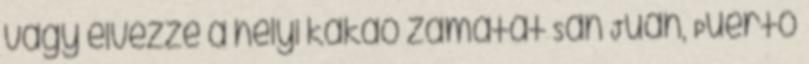
vagy élvezze a helyi kakaó zamatát San Juan, Puerto